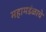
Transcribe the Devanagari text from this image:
महामडंळाचे